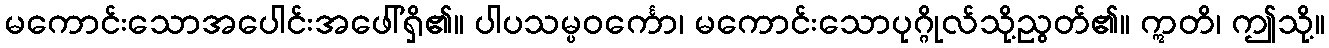
မကောင်းသောအပေါင်းအဖေါ်ရှိ၏။ ပါပသမ္ပဝင်္ကော၊ မကောင်းသောပုဂ္ဂိုလ်သို့ညွတ်၏။ ဣတိ၊ ဤသို့။